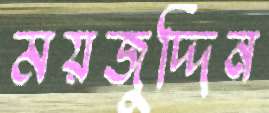
ময়জুদ্দিন